Report on vaccination in Madras 1922-1929 - 1922-1929
Year: 1922
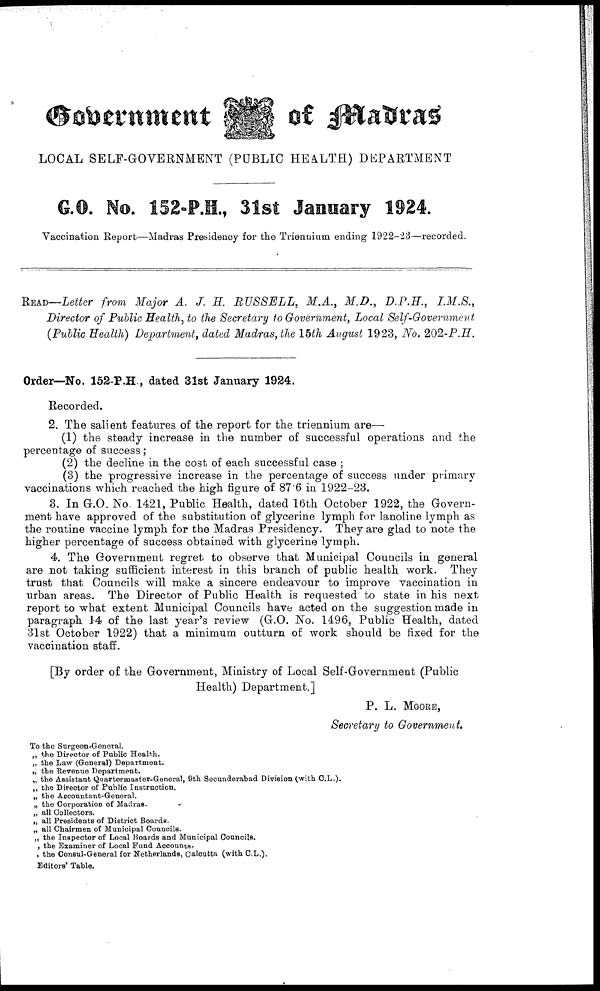
Government
of Madras
LOCAL SELF-GOVERNMENT (PUBLIC HEALTH) DEPARTMENT
G.O. No. 152-P.H., 31st January 1924.
Vaccination Report—Madras Presidency for the Triennium ending 1922-23—recorded.
READ—Letter from Major A. J. H. RUSSELL, M.A., M.D., D.P.H., I.M.S.,
Director of Public Health, to the Secretary to Government, Local Self-Government
(Public Health) Department, dated Madras, the 15th August 1923, No. 202-P.H.
Order—No. 152-P.H., dated 31st January 1924.
Recorded.
2. The salient features of the report for the triennium are—
(1) the steady increase in the number of successful operations and the
percentage of success;
(2) the decline in the cost of each successful case ;
(3) the progressive increase in the percentage of success under primary
vaccinations which reached the high figure of 87.6 in 1922-23.
3. In G.O. No. 1421, Public Health, dated 16th October 1922, the Govern-
ment have approved of the substitution of glycerine lymph for lanoline lymph as
the routine vaccine lymph for the Madras Presidency. They are glad to note the
higher percentage of success obtained with glycerine lymph.
4. The Government regret to observe that Municipal Councils in general
are not taking sufficient interest in this branch of public health work. They
trust that Councils will make a sincere endeavour to improve vaccination in
urban areas. The Director of Public Health is requested to state in his next
report to what extent Municipal Councils have acted on the suggestion made in
paragraph 14 of the last year's review (G.O. No. 1496, Public Health, dated
31st October 1922) that a minimum outturn of work should be fixed for the
vaccination staff.
[By order of the Government, Ministry of Local Self-Government (Public
Health) Department.]
P. L. MOORE,
Secretary to Government.
To the Surgeon-General.
„ the Director of Public Health.
„ the Law (General) Department.
„ the Revenue Department.
„ the Assistant Quartermaster-General, 9th Secunderabad Division (with C.L.).
„ the Director of Public Instruction.
„ the Accountant-General.
„ the Corporation of Madras.
„ all Collectors.
„ all Presidents of District Boards.
„ all Chairmen of Municipal Councils.
„ the Inspector of Local Boards and Municipal Councils.
, the Examiner of Local Fund Accounts.
, the Consul-General for Netherlands, Calcutta (with C.L.).
Editors' Table.